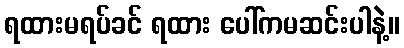
ရထားမရပ်ခင် ရထား ပေါ်ကမဆင်းပါနဲ့။